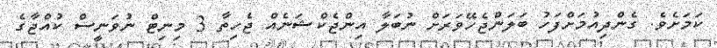
ކަމަށެވެ. ގެންދިއުމަށްފަހު ބަލަންޖެހޭވަރަށް ނުބަލާ އިންޖެކްޝަނެއް ޖެހިތާ 3 މިނިޓް ނުވަނީސް ކުއްޖާގެ